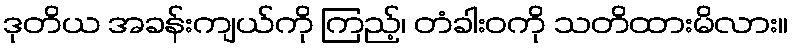
ဒုတိယ အခန်းကျယ်ကို ကြည့်၊ တံခါးဝကို သတိထားမိလား။